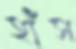
হাঁস